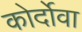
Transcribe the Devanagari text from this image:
कोर्दोवा